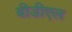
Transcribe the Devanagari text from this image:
बीडीएल